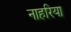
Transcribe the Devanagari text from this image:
नाहरिया